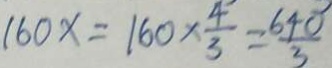
1 6 0 x = 1 6 0 \times \frac { 4 } { 3 } = \frac { 6 4 0 } { 3 }